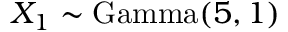
X _ { 1 } \sim \mathrm { G a m m a } ( 5 , 1 )